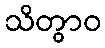
သိတွာဝ